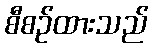
စီစဉ်ထားသည်